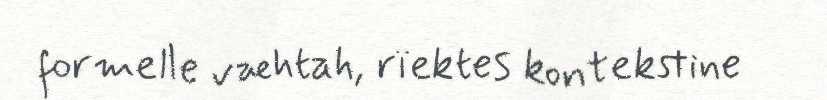
formelle væhtah, rïektes kontekstine